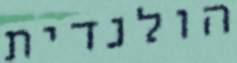
הולנדית